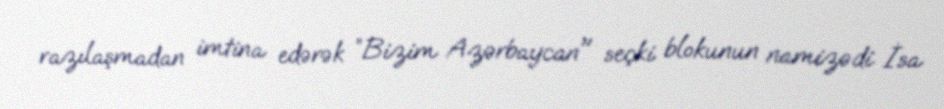
razılaşmadan imtina edərək ”Bizim Azərbaycan" seçki blokunun namizədi İsa